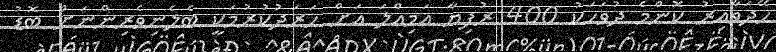
ހޭދަވާއިރު ކޮންމެ ދުވަހަކު 400 ރުފިޔާ އަމިއްލަ އަށް ހަރަދުކުރުމަކީ ބެލެނިވެރިންނަށް ބޮޑު